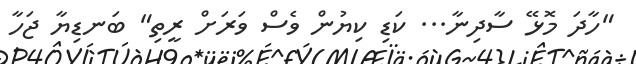
"ހާދަ މޮޅޭ ސާދިނާ... ކަޑި ކިޔުން ވެސް ވަރަށް ރީތި" ބަނޑިޔާ ޖަހާ